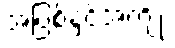
အပြစ်နှင့်အကျိုး